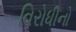
વિરોધીનો